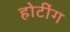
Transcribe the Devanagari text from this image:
होटींग